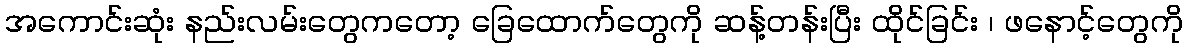
အကောင်းဆုံး နည်းလမ်းတွေကတော့ ခြေထောက်တွေကို ဆန့်တန်းပြီး ထိုင်ခြင်း ၊ ဖနောင့်တွေကို